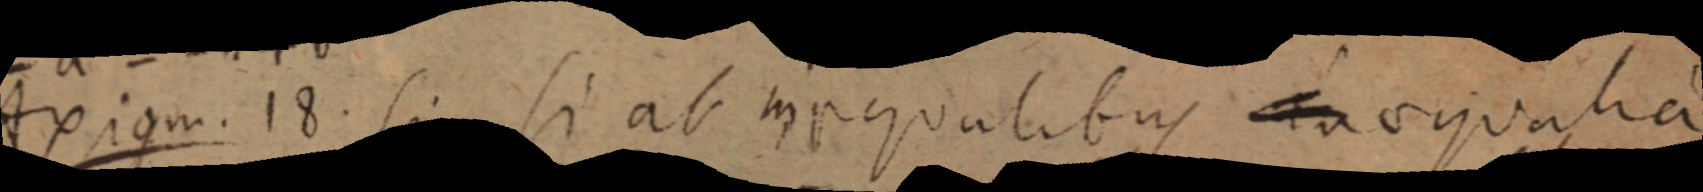
Axiom. 18. Si si ab in aequalibus aequalia